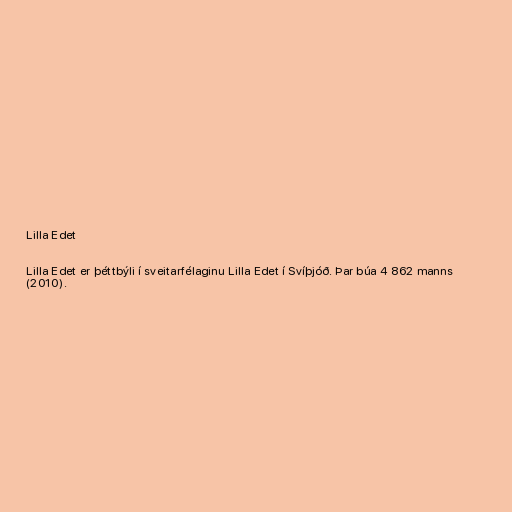
Lilla Edet

Lilla Edet er þéttbýli í sveitarfélaginu Lilla Edet í Svíþjóð. Þar búa 4 862 manns
(2010).